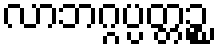
လာဘဂ္ဂပ္ပတ္တဉ္စ